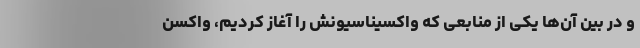
و در بین آن‌ها یکی از منابعی که واکسیناسیونش را آغاز کردیم، واکسن